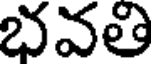
భవతి